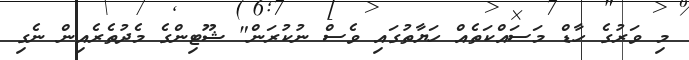
މި ވަރުގެ ހާޑް މަސައްކަތެއް ހަޔާތުގައި ވެސް ނުކުރަން" ޝޫޓިންގެ މެދުތެރެއިން ނެގި